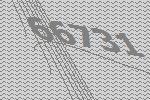
66731